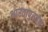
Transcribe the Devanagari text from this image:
भारतापुरतेच